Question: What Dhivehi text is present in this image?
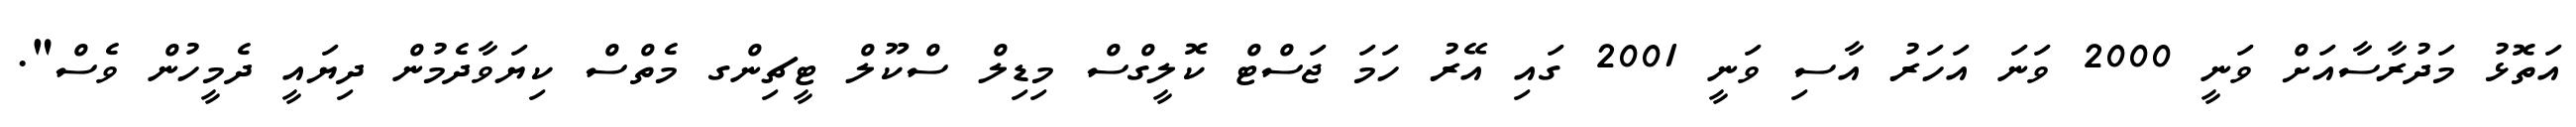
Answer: އަތޮޅު މަދުރާސާއަށް ވަނީ 2000 ވަނަ އަހަރު އާސި ވަނީ 2001 ގައި އޭރު ހަމަ ޖަސްޓް ކޮލީގްސް މިޑިލް ސްކޫލް ޓީޗިންގ މެތްސް ކިޔަވާދެމުން ދިޔައީ ދެމީހުން ވެސް".